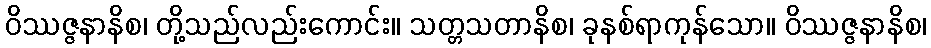
ဝိဿဇ္ဇနာနိစ၊ တို့သည်လည်းကောင်း။ သတ္တသတာနိစ၊ ခုနစ်ရာကုန်သော။ ဝိဿဇ္ဇနာနိစ၊